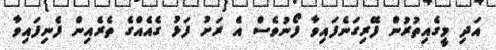
އަދި މީގެއިތުރުން ފޭރިގަނެފައިވާ ފޯނުވެސް އެ ރަށު ފަޅު ގެއެއްގެ ތެރެއިން ފެނިފައިވާ